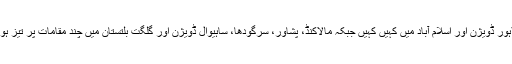
جبکہ جمعہ کے روزکشمیر، ہزارہ، راولپنڈی، گوجرانوالہ، لاہور ڈویژن اور اسلام آباد میں کہیں کہیں جبکہ مالاکنڈ، پشاور، سرگودھا، ساہیوال ڈویژن اور گلگت بلتستان میں چند مقامات پر تیز ہواوٗں/آندھی اور گرج چمک کے ساتھ مزید بارش کا امکان ہے۔